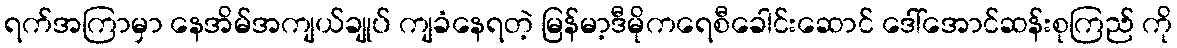
ရက်အကြာမှာ နေအိမ်အကျယ်ချုပ် ကျခံနေရတဲ့ မြန်မာ့ဒီမိုကရေစီခေါင်းဆောင် ဒေါ်အောင်ဆန်းစုကြည် ကို